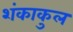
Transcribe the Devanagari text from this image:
शंकाकुल